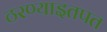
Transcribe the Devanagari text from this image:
ठरण्याइतपत